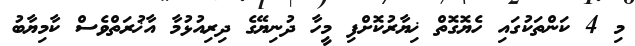
މި 4 ކަންތަކުގައި ހެޔޮގޮތް ޚިޔާރުކޮށްފި މީހާ ދުނިޔޭގެ ދިރިއުޅުމާ އާޚުރަތްވެސް ކާމިޔާބު